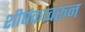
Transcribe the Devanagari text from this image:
शीर्षकावरून